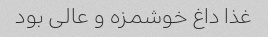
غذا داغ خوشمزه و عالی بود